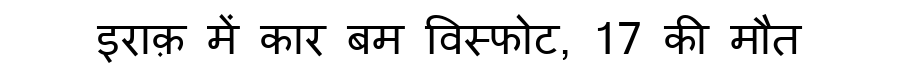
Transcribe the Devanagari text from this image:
इराक़ में कार बम विस्फोट, 17 की मौत